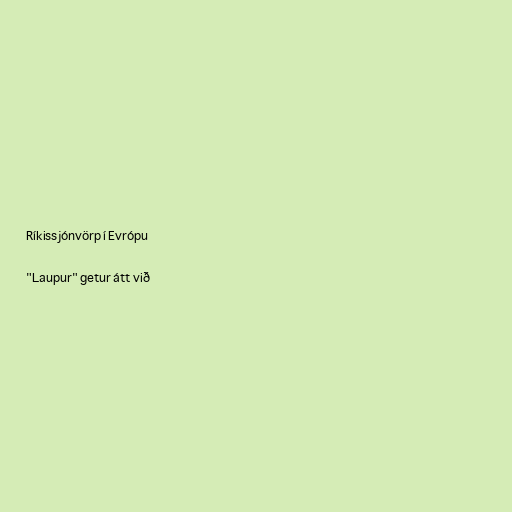
Ríkissjónvörp í Evrópu

"Laupur" getur átt við